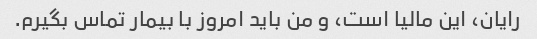
رایان، این مالیا است، و من باید امروز با بیمار تماس بگیرم.